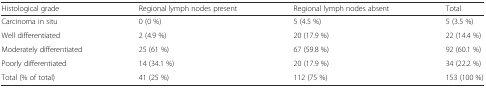
<table><thead><tr><td><b>Histological grade</b></td><td><b>Regional lymph nodes present</b></td><td><b>Regional lymph nodes absent</b></td><td><b>Total</b></td></tr></thead><tbody><tr><td>Carcinoma in situ</td><td>0 (0 %)</td><td>5 (4.5 %)</td><td>5 (3.5 %)</td></tr><tr><td>Well differentiated</td><td>2 (4.9 %)</td><td>20 (17.9 %)</td><td>22 (14.4 %)</td></tr><tr><td>Moderately differentiated</td><td>25 (61 %)</td><td>67 (59.8 %)</td><td>92 (60.1 %)</td></tr><tr><td>Poorly differentiated</td><td>14 (34.1 %)</td><td>20 (17.9 %)</td><td>34 (22.2 %)</td></tr><tr><td>Total (% of total)</td><td>41 (25 %)</td><td>112 (75 %)</td><td>153 (100 %)</td></tr></tbody></table>